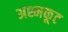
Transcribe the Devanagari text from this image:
अश्मकूट